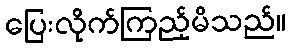
ပြေးလိုက်ကြည့်မိသည်။